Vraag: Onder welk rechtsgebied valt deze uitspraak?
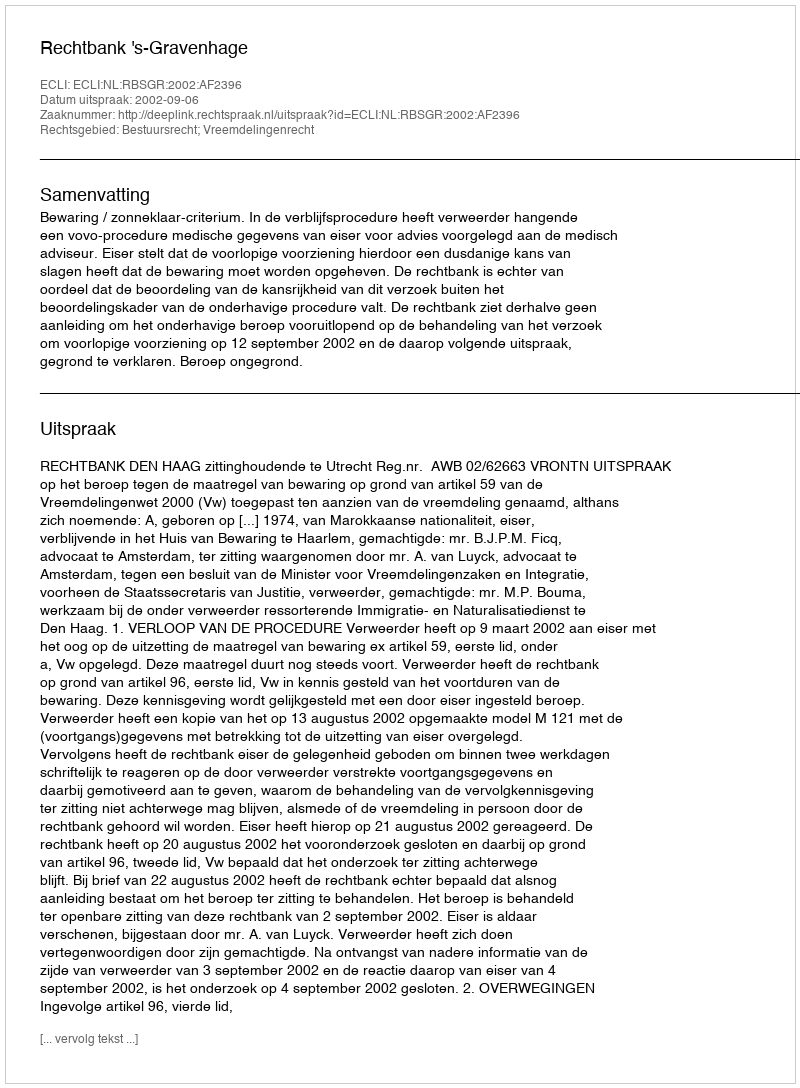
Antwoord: Bestuursrecht; Vreemdelingenrecht